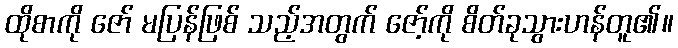
ထိုစာကို ဇော် မပြန်ဖြစ် သည့်အတွက် ဇော့်ကို စိတ်ခုသွားဟန်တူ၏။